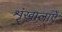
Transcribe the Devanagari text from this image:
शृंखालाएँ